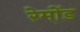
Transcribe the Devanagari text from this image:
रेमोंड